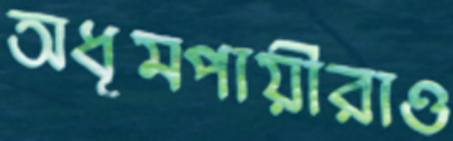
অধূমপায়ীরাও